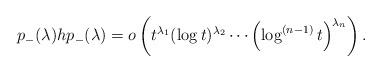
LaTeX: \begin{align*}p_-(\lambda)hp_-(\lambda)=o\left(t^{\lambda_1}(\log t)^{\lambda_2}\cdots \left(\log^{(n-1)}t\right)^{\lambda_n}\right).\end{align*}